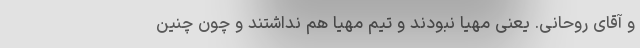
و آقای روحانی. یعنی مهیا نبودند و تیم مهیا هم نداشتند و چون چنین